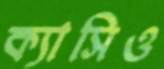
ক্যাসিও